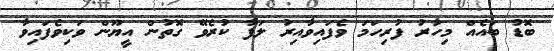
ބޮޑު ބައެއް މިހާރު ފުރިހަމަ ވެފައިވާއިރު ލަފާ ކުރެވޭ ގޮތުން އީޔޫން ވަކިވެފައިވާ